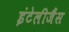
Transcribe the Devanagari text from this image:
इंटेलीजैंस